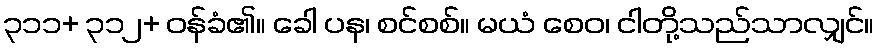
၃၁၁+ ၃၁၂+ ဝန်ခံ၏။ ခေါ ပန၊ စင်စစ်။ မယံ စေဝ၊ ငါတို့သည်သာလျှင်။